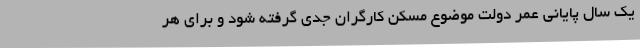
یک سال پایانی عمر دولت موضوع مسکن کارگران جدی گرفته شود و برای هر